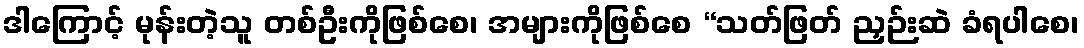
ဒါကြောင့် မုန်းတဲ့သူ တစ်ဦးကိုဖြစ်စေ၊ အများကိုဖြစ်စေ “သတ်ဖြတ် ညှဉ်းဆဲ ခံရပါစေ၊